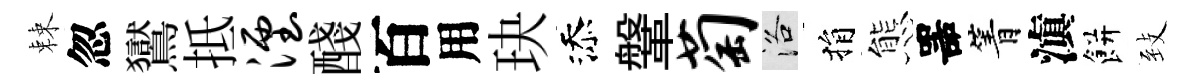
棘忽鸑抵湮醆百用玦添鞶萄洛捐態噐箐滇餅𦤺